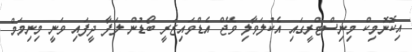
އިކޮނޮމިކް މިނިސްޓްރީގައި އެކުލަވާލި ވޭޖް އެޑްވައިޒަރީ ބޯޑުން ލަފާ ދީފައި ވަނީ މިނިމަމް